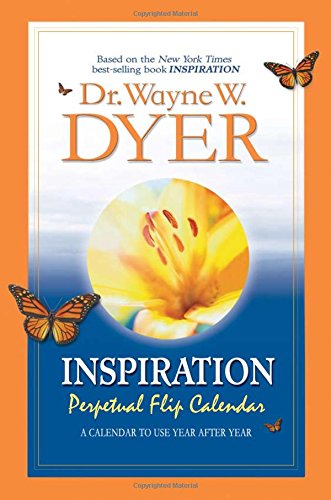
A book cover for Inspiration Perpetual Flip Calendar: Your Ultimate Calling; Dr. Wayne W. Dyer; Calendars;